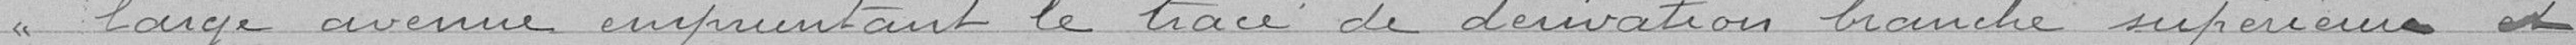
large avenue empruntant le tracé de dérivation branche supérieure